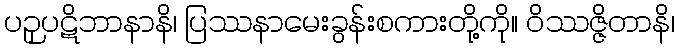
ပဉှပဋိဘာနာနိ၊ ပြဿနာမေးခွန်းစကားတို့ကို။ ဝိဿဇ္ဇိတာနိ၊